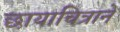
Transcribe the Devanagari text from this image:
छायाचित्राने